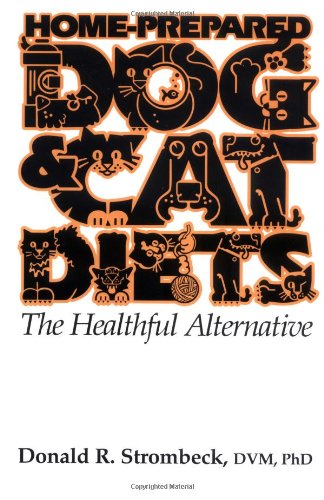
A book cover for Home-Prepared Dog & Cat Diets: the Healthful Alternative; Donald R. Strombeck; Crafts, Hobbies & Home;